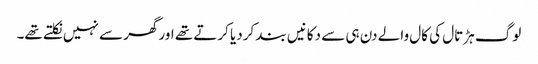
لوگ ہڑتال کی کال والے دن ہی سے دکانیں بند کردیا کرتے تھے اورگھر سے نہیں نکلتے تھے۔